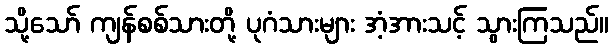
သို့သော် ကျန်စစ်သားတို့ ပုဂံသားများ အံ့အားသင့် သွားကြသည်။